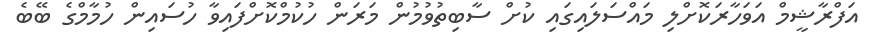
އަފްރާޝީމް އަވަހާރަކޮށްލި މައްސަލައިގައި ކުށް ސާބިތުވުމުން މަރަން ހުކުމްކޮށްފައިވާ ހުސައިން ހުމާމްގެ ބޭބެ